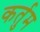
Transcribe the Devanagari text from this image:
कर्तुम